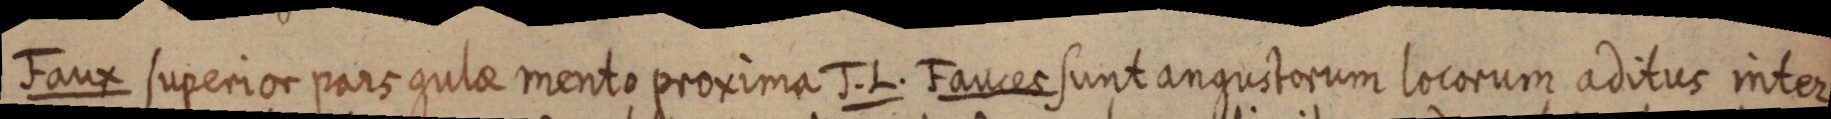
Faux superio pars gulae mento proxima J. L. Fauces sunt angustorum locorum aditus inter